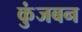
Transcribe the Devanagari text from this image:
कुंजबन